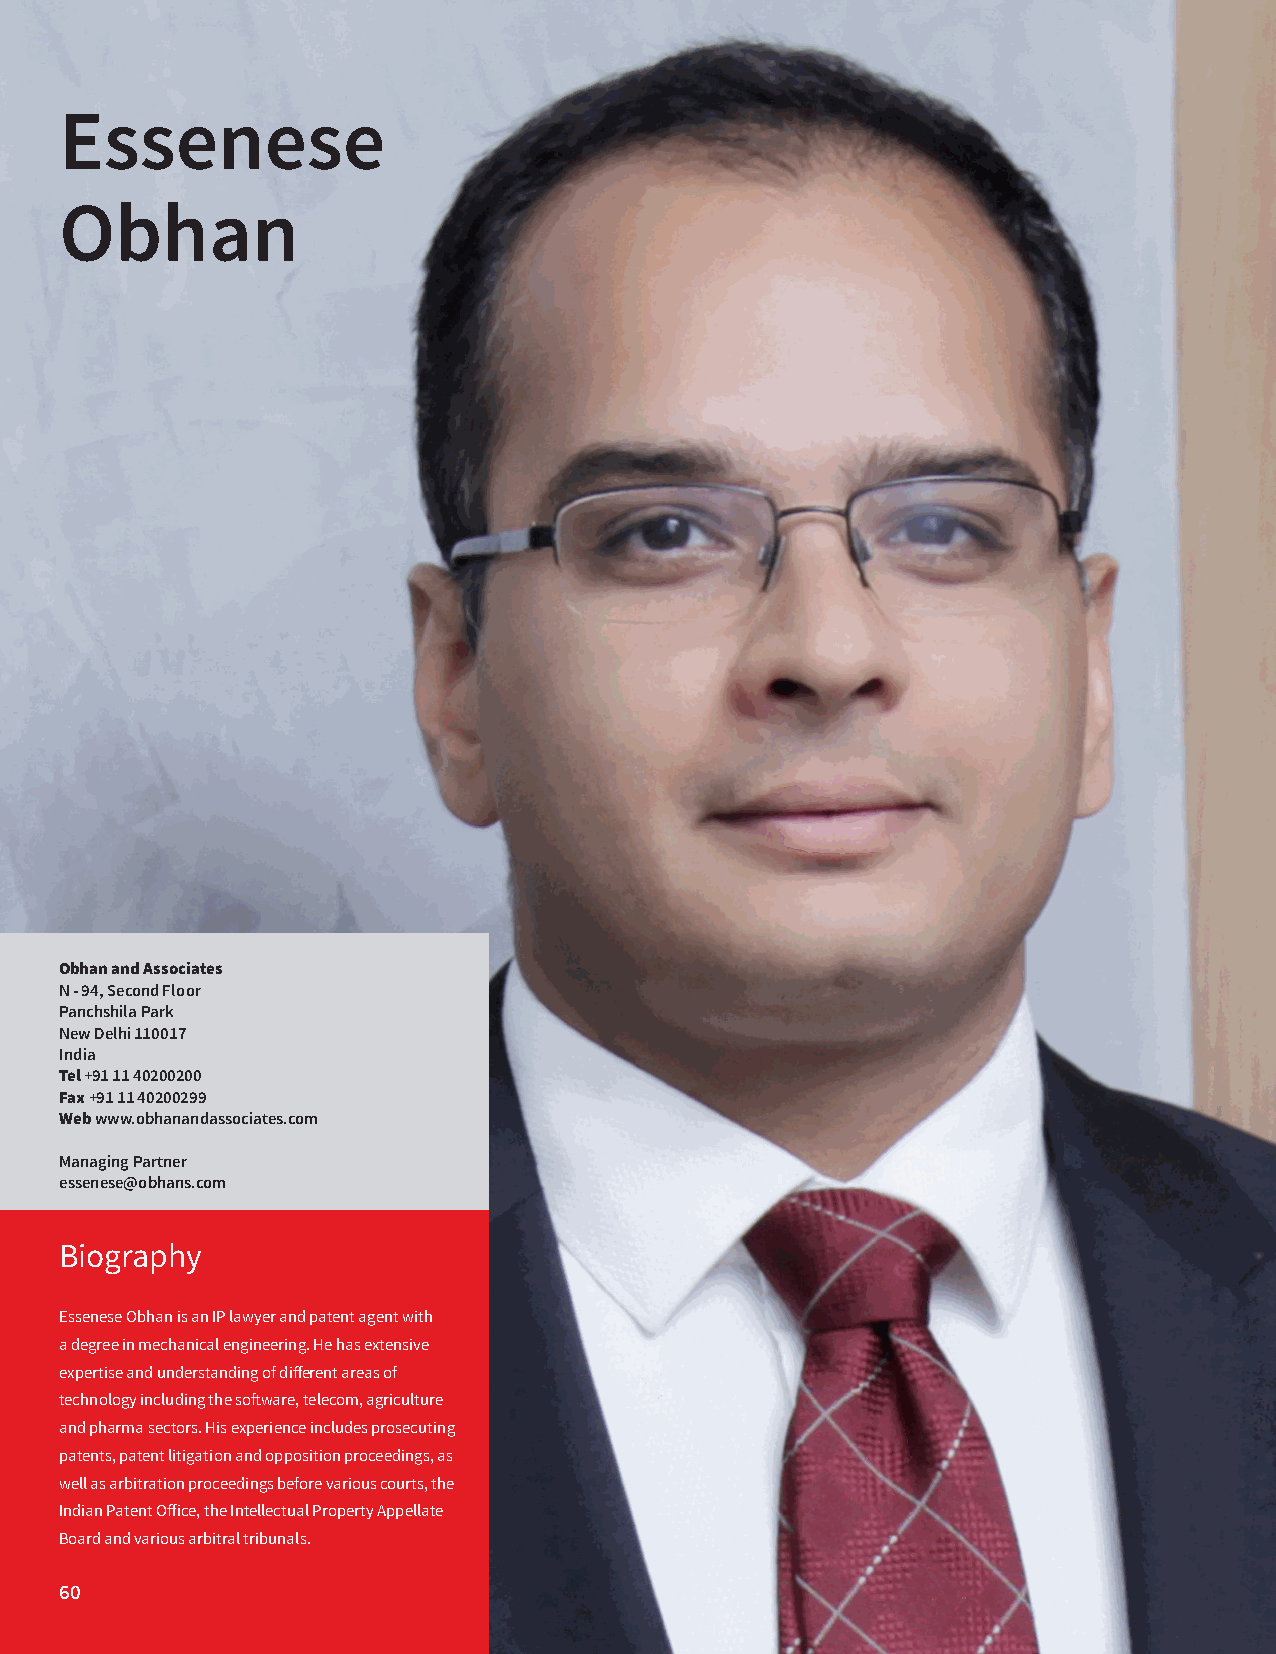
Essenese
 Obhan
 Obhan and Associates
 N - 94, Second Floor
 Panchshila Park
 New Delhi 110017
 India
 Tel +91 11 40200200
 Fax +91 11 40200299
 Web www.obhanandassociates.com
 Managing Partner
 essenese@obhans.com
 Biography
 Essenese Obhan is an IP lawyer and patent agent with
 a degree in mechanical engineering. He has extensive
 expertise and understanding of different areas of
 technology including the software, telecom, agriculture
 and pharma sectors. His experience includes prosecuting
 patents, patent litigation and opposition proceedings, as
 well as arbitration proceedings before various courts, the
 Indian Patent Office, the Intellectual Property Appellate
 Board and various arbitral tribunals.
 60